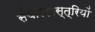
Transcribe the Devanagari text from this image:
संचारशास्त्रियों